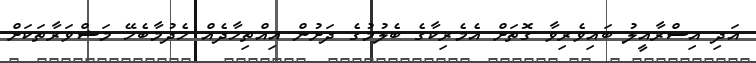
އަދި އިސްރާއީލު ބައިވެރިވާ ގޮތަށް އެމެރިކާގެ ބެލުމުގެ ދަށުން އިއްތިހާދެއް ހެދުމާބެހޭ މަޝްވަރާތަކަށް